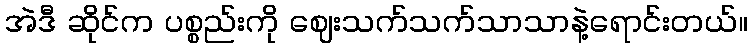
အဲဒီ ဆိုင်က ပစ္စည်းကို ဈေးသက်သက်သာသာနဲ့ရောင်းတယ်။